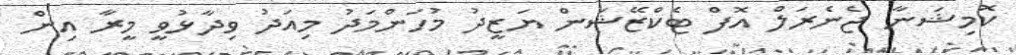
ކޮމިޝަނާ ޖެނެރަލް އޮފް ޓެކްޒޭޝަން ޔަޒީދު މުހަންމަދު މިއަދު ވިދާޅުވީ މީރާ އިން